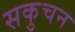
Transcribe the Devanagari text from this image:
सकुचन